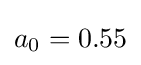
a_{0}=0.55